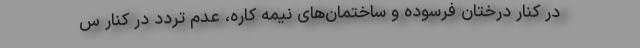
در کنار درختان فرسوده و ساختمان‌های نیمه کاره، عدم تردد در کنار س